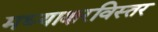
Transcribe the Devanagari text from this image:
मध्याक्षरविस्तर